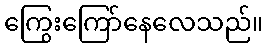
ကြွေးကြော်နေလေသည်။